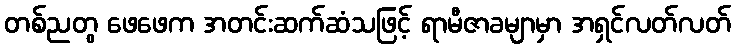
တစ်ညတွ ဖေဖေက အတင်းဆက်ဆံသဖြင့် ရာမီဇာခမျာမှာ အရှင်လတ်လတ်